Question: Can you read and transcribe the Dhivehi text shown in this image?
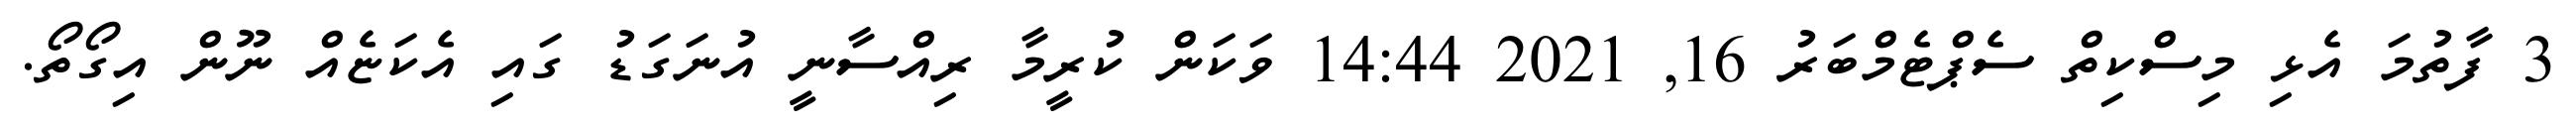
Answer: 3 ފާތުމަ އެޅި މިސްކިތް ސެޕްޓެމްބަރު 16, 2021 14:44 ވަކަން ކުރީމާ ރިއްސާނީ އުނަގަޑު ގައި އެކަޏެއް ނޫން އިގޯތޯ.